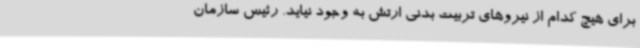
برای هیچ کدام از نیروهای تربیت بدنی ارتش به وجود نیاید. رئیس سازمان